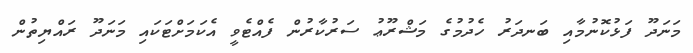
މަނަދޫ ފަޅުކޮނުމާއި ބަނދަރު ހެދުމުގެ މަޝްރޫޢު ސަރުކާރުން ފެއްޓެވީ އެކަމަށްޓަކައި މަނަދޫ ރައްޔިތުން